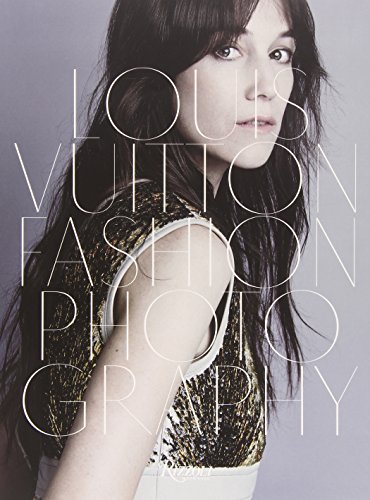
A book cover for Louis Vuitton Fashion Photography; Charlotte Cotton; Humor & Entertainment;